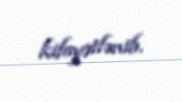
kifayətlənib.